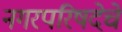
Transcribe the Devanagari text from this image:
नगरपरिषदेचे